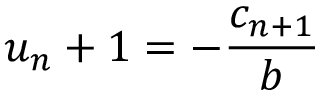
u _ { n } + 1 = - \frac { c _ { n + 1 } } { b }